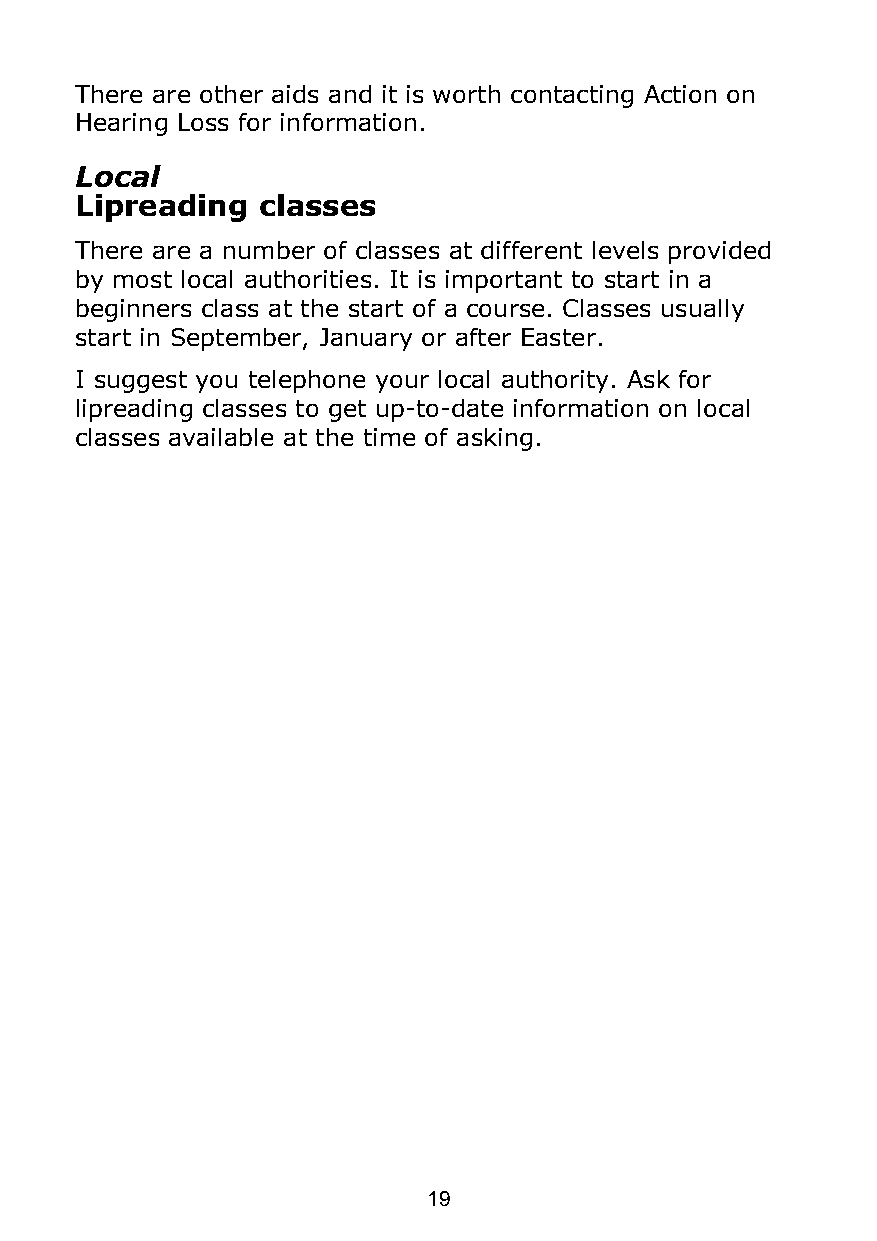
There are other aids and it is worth contacting Action on
 Hearing Loss for information.
 Local
 Lipreading  classes
 There are a number of classes at different levels provided
 by most local authorities. It is important to start in a
 beginners class at the start of a course. Classes usually
 start in September, January or after Easter.
 I suggest you telephone your local authority. Ask for
 lipreading classes to get up-to-date information on local
 classes available at the time of asking.
 19